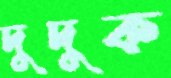
দুদুক